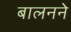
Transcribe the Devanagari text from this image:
बालनने